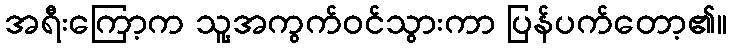
အရီးကြော့က သူ့အကွက်ဝင်သွားကာ ပြန်ပက်တော့၏။